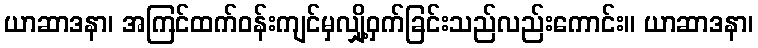
ယာဆာဒနာ၊ အကြင်ထက်ဝန်းကျင်မှလျှို့ဝှက်ခြင်းသည်လည်းကောင်း။ ယာဆာဒနာ၊